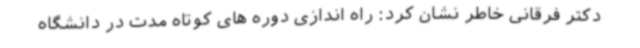
دکتر فرقانی خاطر نشان کرد: راه اندازی دوره های کوتاه مدت در دانشگاه